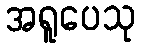
အရူပေသု